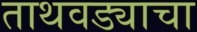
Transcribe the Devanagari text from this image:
ताथवड्याचा